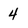
Character: 4